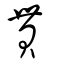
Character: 毌